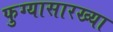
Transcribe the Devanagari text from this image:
फुग्यासारख्या